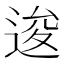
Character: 逡